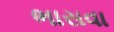
ભાસવા